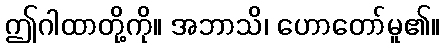
ဤဂါထာတို့ကို။ အဘာသိ၊ ဟောတော်မူ၏။